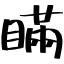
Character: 瞞